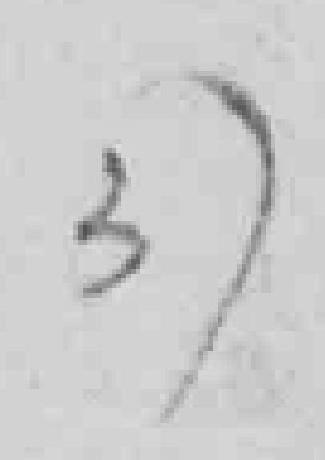
37